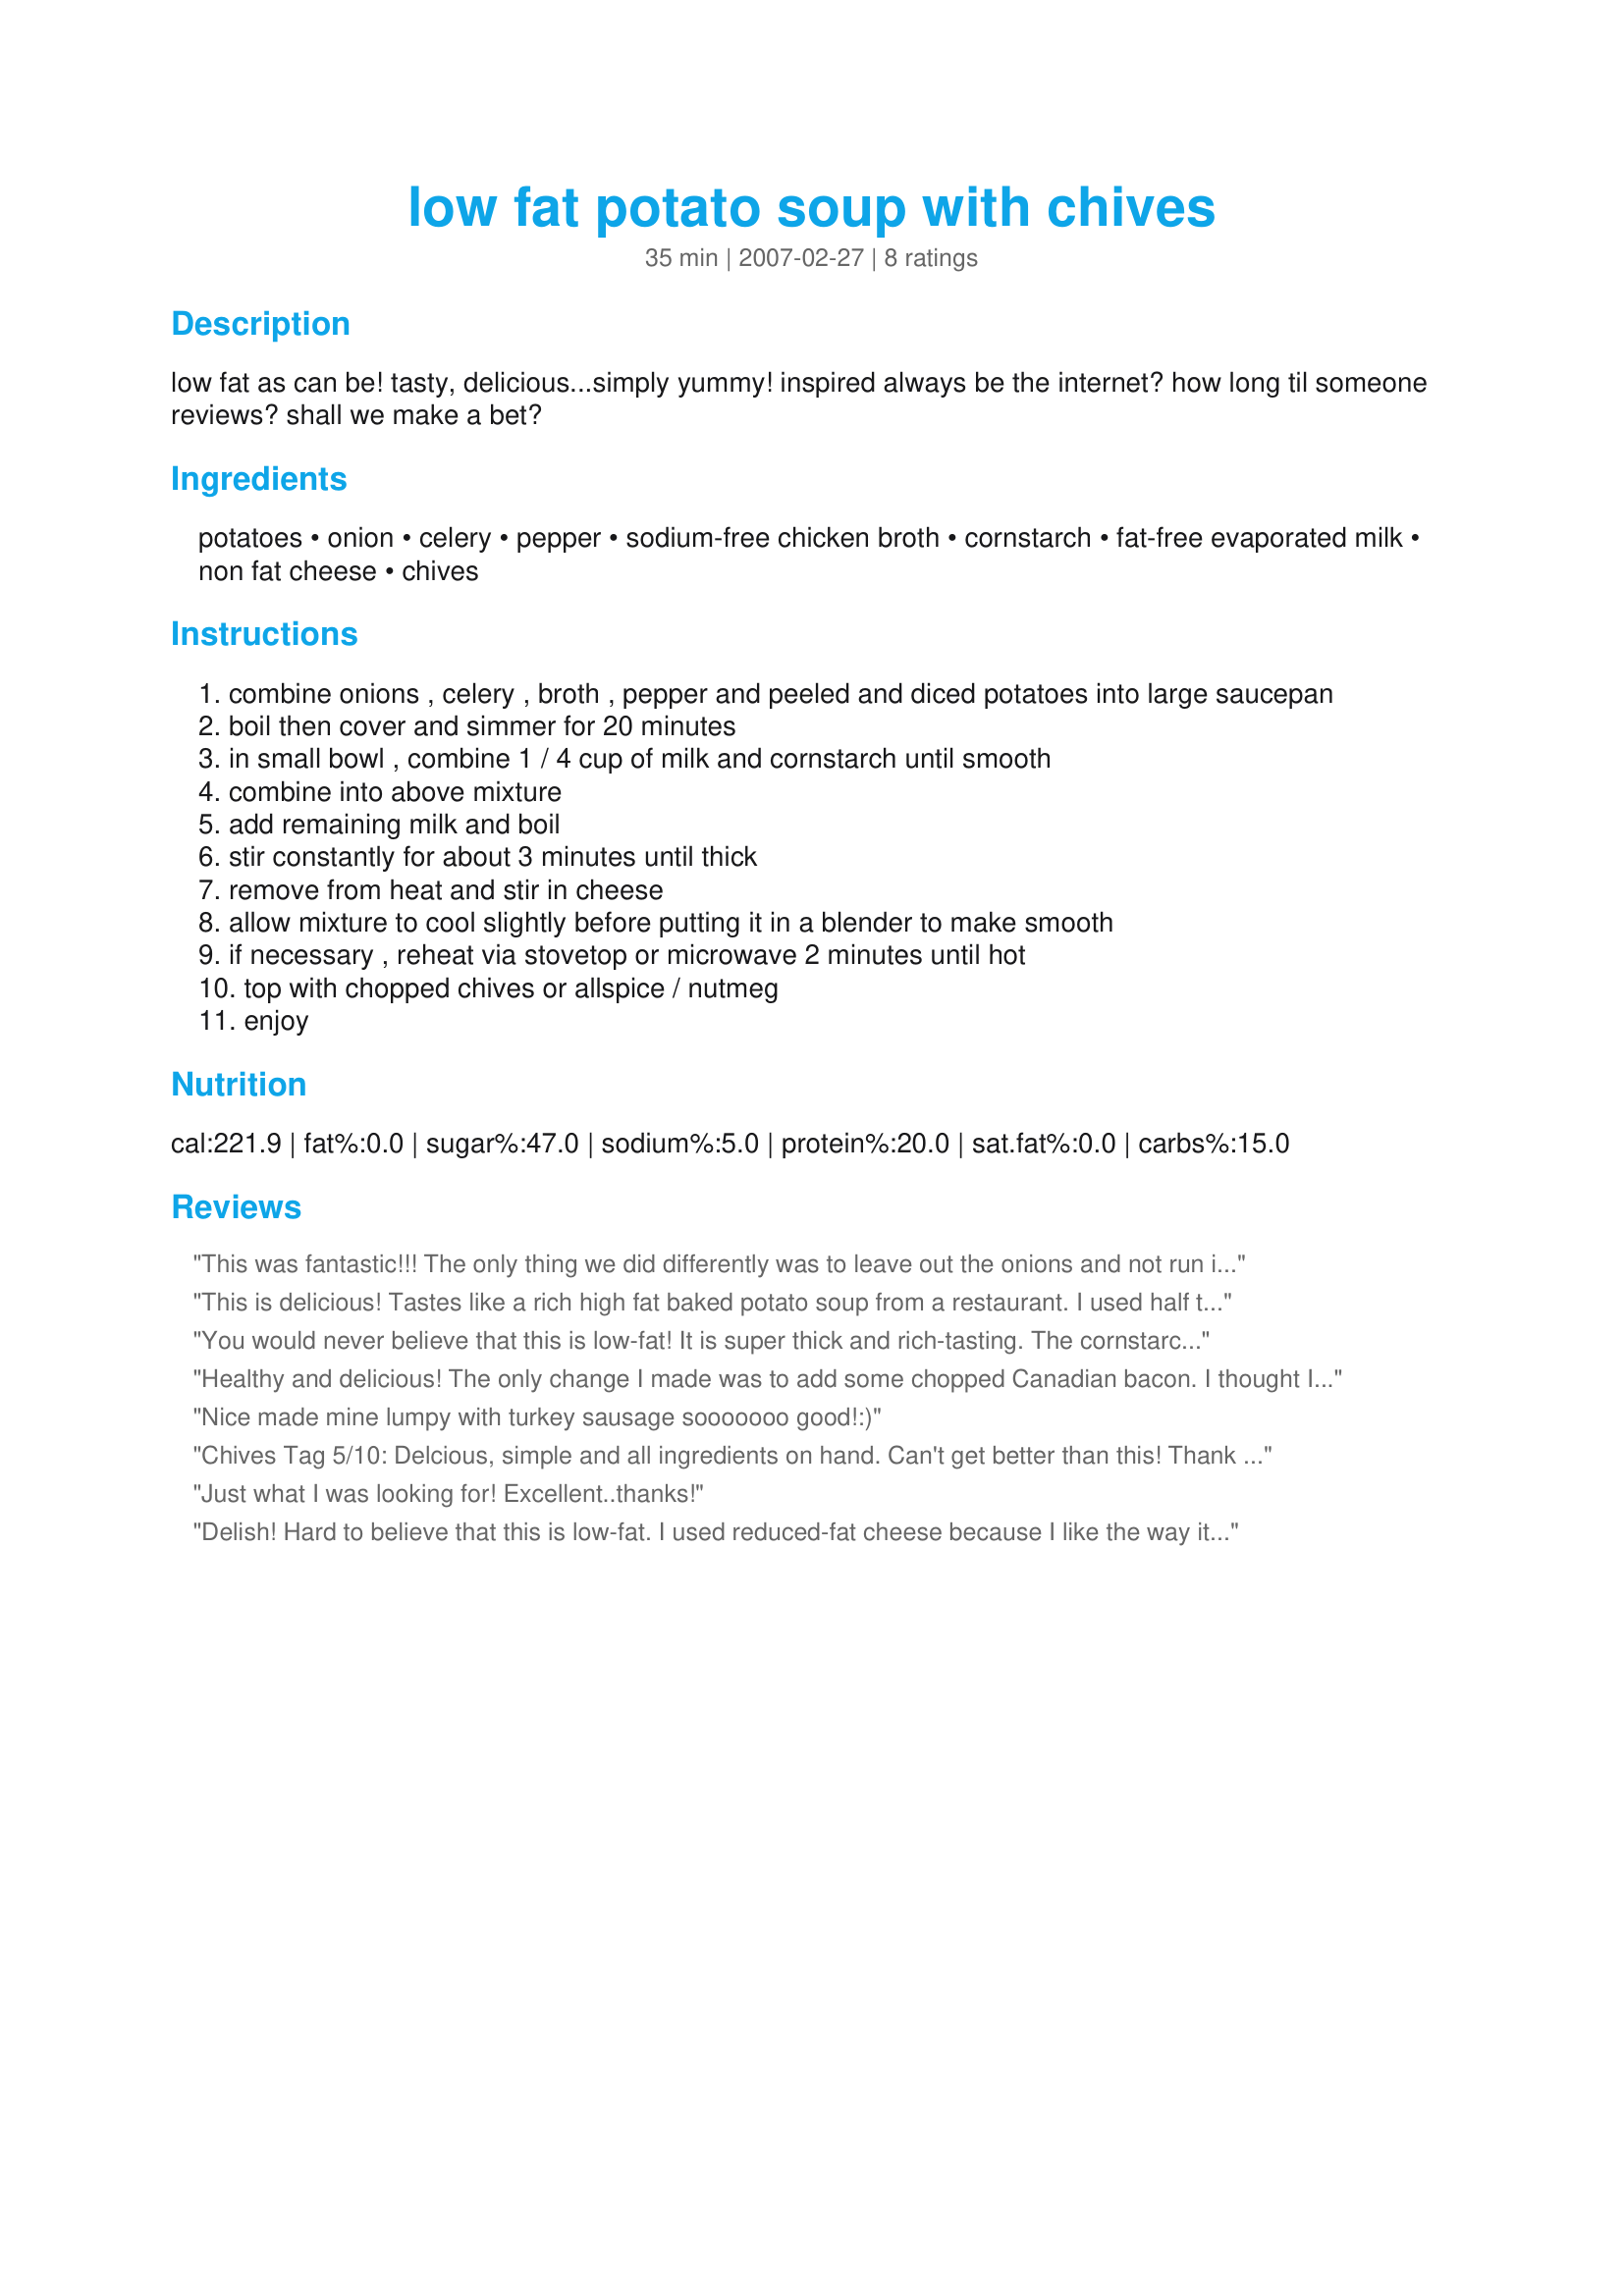
low fat potato soup with chives
Preparation time: 35 minutes

low fat as can be!
tasty, delicious...simply yummy!
inspired always be the internet?
how long til someone reviews? shall we make a bet?

Ingredients:
potatoes, onion, celery, pepper, sodium-free chicken broth, cornstarch, fat-free evaporated milk, non fat cheese, chives

Steps:
combine onions , celery , broth , pepper and peeled and diced potatoes into large saucepan
boil then cover and simmer for 20 minutes
in small bowl , combine 1 / 4 cup of milk and cornstarch until smooth
combine into above mixture
add remaining milk and boil
stir constantly for about 3 minutes until thick
remove from heat and stir in cheese
allow mixture to cool slightly before putting it in a blender to make smooth
if necessary , reheat via stovetop or microwave 2 minutes until hot
top with chopped chives or allspice / nutmeg
enjoy

Reviews:
This was fantastic!!! The only thing we did differently was to leave out the onions and not run it through the blender as we like the potato chunks. Oh and we used low-fat cheddar; next time I may use some low-fat cream cheese, but either way this was delicious and was wonderful served with some crusty bread. No way could anyone tell this was low fat! We will definitely be making this delicious soup again...thanks so much for posting this!
This is delicious! Tastes like a rich high fat baked potato soup from a restaurant. I used half the cheese with reduced fat Irish cheddar. Couldn't resist topping it with a dash of salt and low fat bacon bits. The bottom of the pot did burn with the milk though, not sure how to avoid that. What a great soup!
You would never believe that this is low-fat! It is super thick and rich-tasting. The cornstarch and evaporated fat free milk give a creaminess that is much like using heavy cream. My cheese was reduced fat (not fat free), but otherwise I followed the recipe as written. Thanx for sharing this. I'll make this again.
Healthy and delicious! The only change I made was to add some chopped Canadian bacon. I thought I'd have some left over to freeze, but we completely devoured it. Thanks for posting!
Nice made mine lumpy with turkey sausage sooooooo good!:)
Chives Tag 5/10: Delcious, simple and all ingredients on hand. Can't get better than this! Thank you for sharing it!
Just what I was looking for! Excellent..thanks!
Delish! Hard to believe that this is low-fat. I used reduced-fat cheese because I like the way it melts better and this made a very thick and creamy soup. I used an immersion blender in the pan, and left some chunks for texture. Thanks mickey for a nice soup. Made for Aussie Swap #14.
